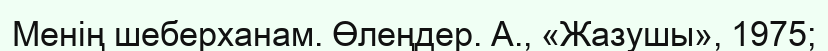
Менің шеберханам. Өлеңдер. А., «Жазушы», 1975;